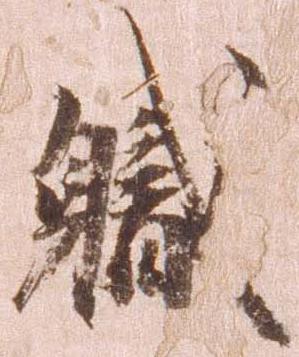
職